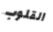
القلوب